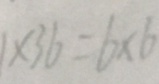
1 \times 3 6 = 6 \times 6